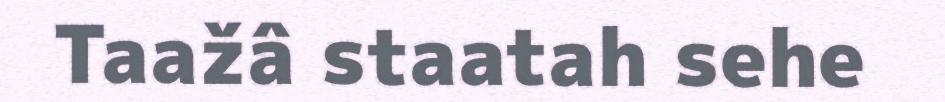
Taažâ staatah sehe